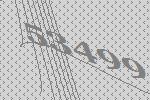
53499